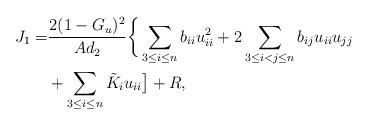
LaTeX: \begin{align*}J_{1}=&\frac{2(1-G_u)^2}{Ad_2}\bigg\{\sum_{3\leq i\leq n}b_{ii}u_{ii}^2+2\sum_{3\leq i< j\leq n}b_{ij}u_{ii}u_{jj}\\&+\sum_{3\leq i\leq n}\tilde{K}_iu_{ii}\big]+ R,\end{align*}